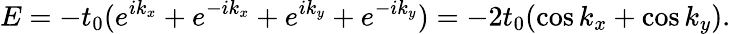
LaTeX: E=-t_{0}(e^{ik_{x}}+e^{-ik_{x}}+e^{ik_{y}}+e^{-ik_{y}})=-2t_{0}(\cos k_{x}+\cos k_{y}).